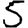
Digit: 5